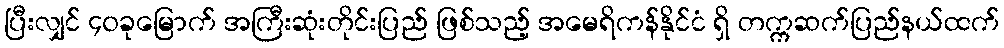
ပြီးလျှင် ၄၀ခုမြောက် အကြီးဆုံးတိုင်းပြည် ဖြစ်သည့် အမေရိကန်နိုင်ငံ ရှိ တက္ကဆက်ပြည်နယ်ထက်